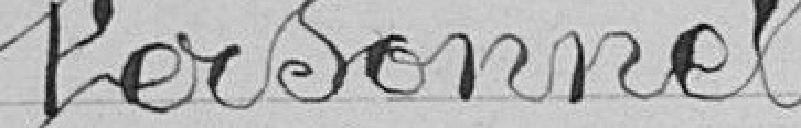
Personnel